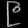
Digit: ၉